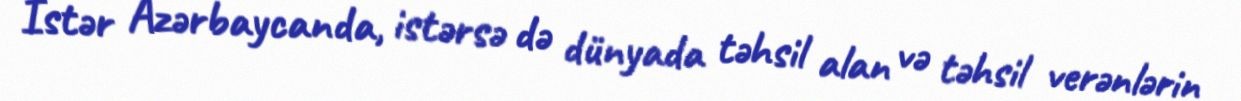
İstər Azərbaycanda, istərsə də dünyada təhsil alan və təhsil verənlərin